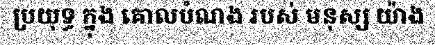
ប្រយុទ្ធ ក្នុង គោលបំណង របស់ មនុស្ស យ៉ាង